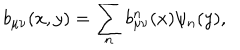
b _ { \mu \nu } ( x , y ) = \sum _ { n } b _ { \mu \nu } ^ { n } ( x ) \psi _ { n } ( y ) ,